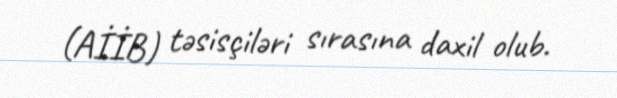
(AİİB) təsisçiləri sırasına daxil olub.